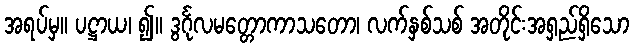
အရပ်မှ။ ပဋ္ဌာယ၊ ၍။ ဒွင်္ဂုလမတ္တောကာသတော၊ လက်နှစ်သစ် အတိုင်းအရှည်ရှိသော